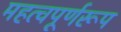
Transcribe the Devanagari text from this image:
महत्वपूर्णरूप